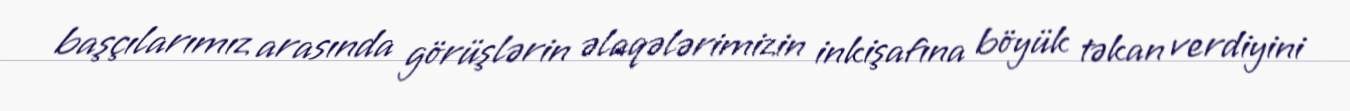
başçılarımız arasında görüşlərin əlaqələrimizin inkişafına böyük təkan verdiyini